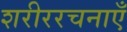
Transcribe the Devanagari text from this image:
शरीररचनाएँ